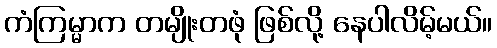
ကံကြမ္မာက တမျိုးတဖုံ ဖြစ်လို့ နေပါလိမ့်မယ်။